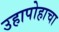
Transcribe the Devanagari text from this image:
उहापोहाचा